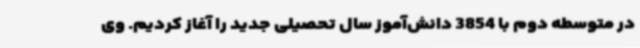
در متوسطه دوم با 3854 دانش‌آموز سال تحصیلی جدید را آغاز کردیم. وی